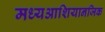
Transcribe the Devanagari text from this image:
मध्यआशियानजिक